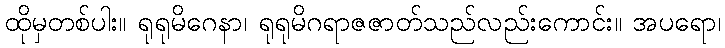
ထိုမှတစ်ပါး။ ရုရုမိဂေနာ၊ ရုရုမိဂရာဇဇာတ်သည်လည်းကောင်း။ အပရော၊